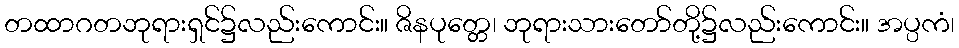
တထာဂတဘုရားရှင်၌လည်းကောင်း။ ဇိနပုတ္တေ၊ ဘုရားသားတော်တို့၌လည်းကောင်း။ အပ္ပကံ၊